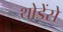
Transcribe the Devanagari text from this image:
थोडेंसे